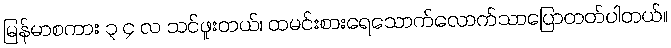
မြန်မာစကား ၃ ၄ လ သင်ဖူးတယ်၊ ထမင်းစားရေသောက်လောက်သာပြောတတ်ပါတယ်။